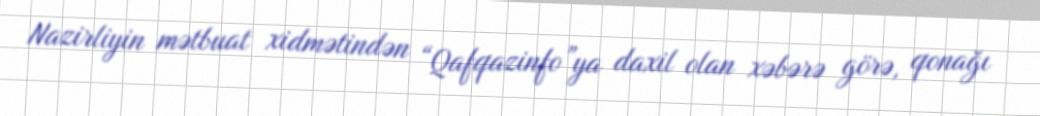
Nazirliyin mətbuat xidmətindən “Qafqazinfo”ya daxil olan xəbərə görə, qonağı